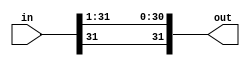
module srl2_32 (in, out);
		input	signed [31:0]	in;
		output	signed [31:0]	out;
		
		assign out = in >>> 1;
		
endmodule